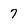
Character: 7